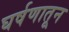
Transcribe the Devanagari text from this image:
घर्षणातून